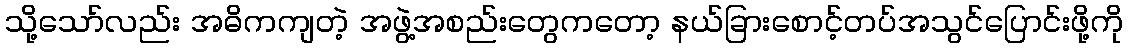
သို့သော်လည်း အဓိကကျတဲ့ အဖွဲ့အစည်းတွေကတော့ နယ်ခြားစောင့်တပ်အသွင်ပြောင်းဖို့ကို